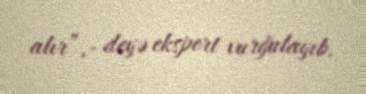
alır”,- deyə ekspert vurğulayıb.